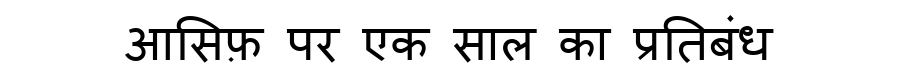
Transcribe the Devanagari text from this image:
आसिफ़ पर एक साल का प्रतिबंध